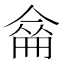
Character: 𠌈